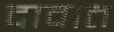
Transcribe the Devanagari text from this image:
दावात